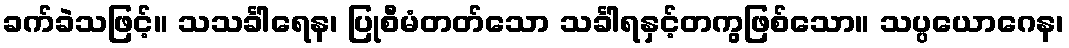
ခက်ခဲသဖြင့်။ သသင်္ခါရေန၊ ပြုစီမံတတ်သော သင်္ခါရနှင့်တကွဖြစ်သော။ သပ္ပယောဂေန၊